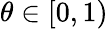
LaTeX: \theta\in[0,1)